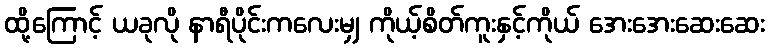
ထို့ကြောင့် ယခုလို နာရီပိုင်းကလေးမျှ ကိုယ့်စိတ်ကူးနှင့်ကိုယ် အေးအေးဆေးဆေး